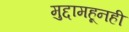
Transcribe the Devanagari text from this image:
मुद्दामहूनही